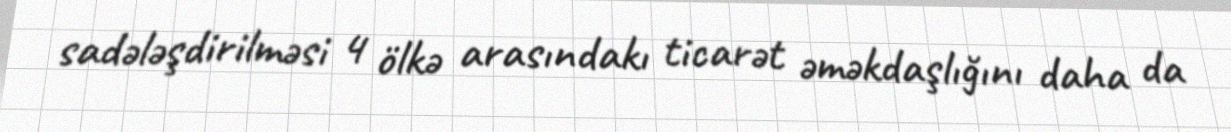
sadələşdirilməsi 4 ölkə arasındakı ticarət əməkdaşlığını daha da